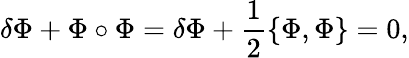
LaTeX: \delta\Phi+\Phi\circ\Phi=\delta\Phi+\frac{1}{2}\{ \Phi,\Phi\} =0,